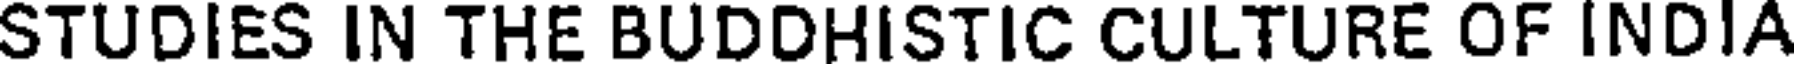
STUDIES IN THE BUDDHISTIC CULTURE OF INDIA